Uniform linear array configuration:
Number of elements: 12
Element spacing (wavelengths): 0.5
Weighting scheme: hamming
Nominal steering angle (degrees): -30
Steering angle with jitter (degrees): -30.895
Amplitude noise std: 0.05
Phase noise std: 0.05

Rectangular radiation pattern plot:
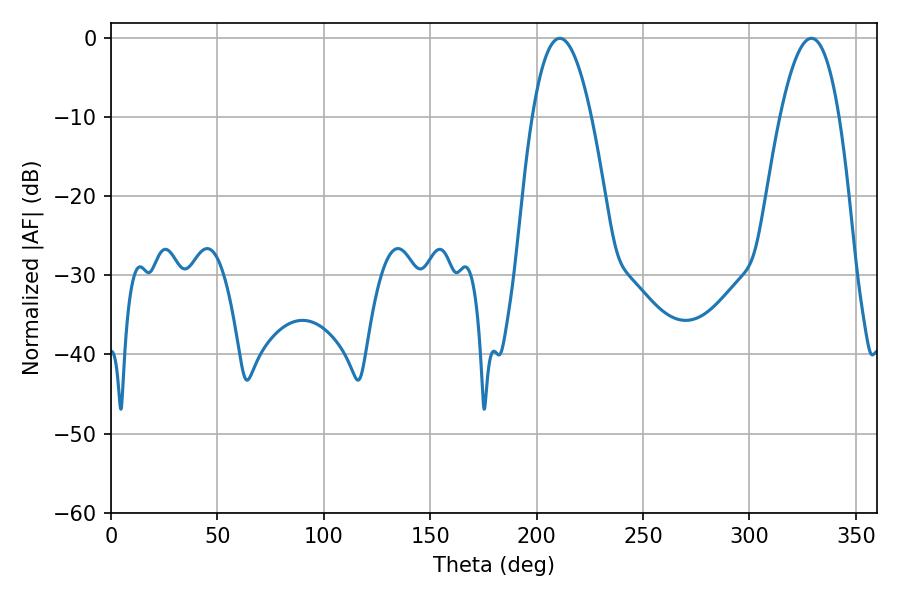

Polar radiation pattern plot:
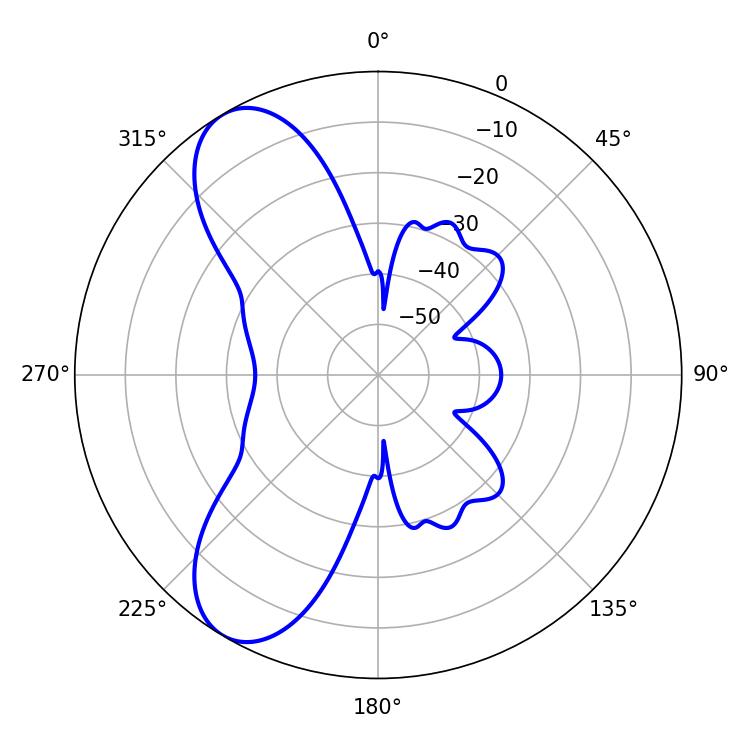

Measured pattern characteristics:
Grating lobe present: FALSE
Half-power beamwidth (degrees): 15.3
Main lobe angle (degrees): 210.96